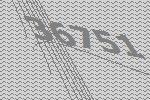
36751